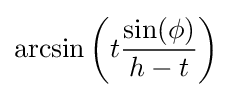
\arcsin \left(t{\frac {\sin(\phi )}{h-t}}\right)